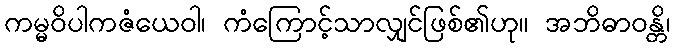
ကမ္မဝိပါကဇံယေဝါ၊ ကံကြောင့်သာလျှင်ဖြစ်၏ဟု။ အဘိဓာဝန္တိ၊